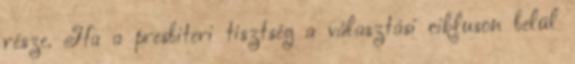
része. Ha a presbiteri tisztség a választási cikluson belül